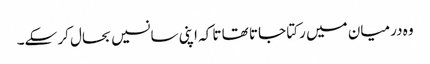
وہ درمیان میں رکتا جاتا تھا تا کہ اپنی سانسیں بحال کر سکے۔